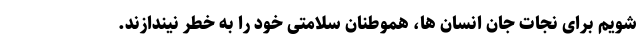
شویم برای نجات جان انسان ها، هموطنان سلامتی خود را به خطر نیندازند.